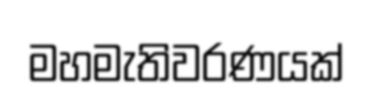
මහමැතිවරණයක්